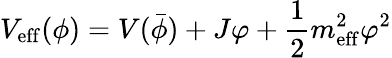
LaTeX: V_{\mathrm{eff}}(\phi)=V(\bar{\phi})+J\varphi+\frac{1}{2}m_{\mathrm{eff}}^{2}\varphi^{2}